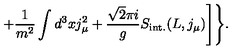
+ \frac { 1 } { m ^ { 2 } } \int d ^ { 3 } x j _ { \mu } ^ { 2 } + \frac { \sqrt { 2 } \pi i } { g } S _ { \mathrm { i n t . } } ( L , j _ { \mu } ) \Biggr ] \Biggr \} .